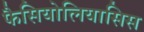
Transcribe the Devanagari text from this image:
फैसियोलियासिस